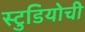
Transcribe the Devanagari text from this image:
स्टुडियोची